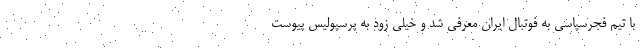
با تیم فجرسپاسی به فوتبال ایران معرفی شد و خیلی زود به پرسپولیس پیوست